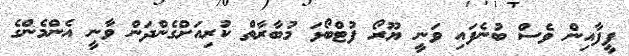
ފީފާއިން ވެސް ބުނެފައި ވަނީ ޔޫރޯ ފުޓްބޯޅަ މުބާރާތް ކުރިއަށްގެންދަން ވާނީ އެންމެންގެ